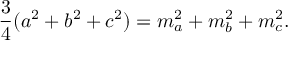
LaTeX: { \frac { 3 } { 4 } } ( a ^ { 2 } + b ^ { 2 } + c ^ { 2 } ) = m _ { a } ^ { 2 } + m _ { b } ^ { 2 } + m _ { c } ^ { 2 } .